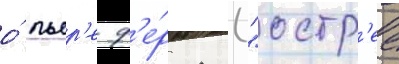
о́ пьер'е ф'е́рма ("остр'ее